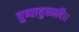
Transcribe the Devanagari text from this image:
पुष्पायुधमपि।।